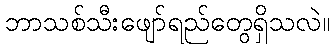
ဘာသစ်သီးဖျော်ရည်တွေရှိသလဲ။